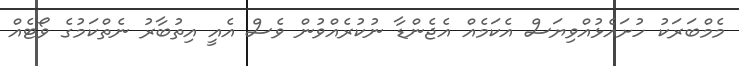
މެމްބަރަކު ހުށައެޅުއްވިޔަސް އެކަމެއް އެޖެންޑާ ނުކުރެއްވުން ވެސް އެއީ އިތުބާރު ނެތްކަމުގެ ވޯޓެއް